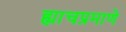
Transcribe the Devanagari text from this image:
ह्याचप्रमाणे